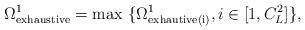
LaTeX: \begin{align*}\Omega_{\rm exhaustive}^1={\rm max} \ \{ \Omega_{\rm exhautive(i)}^{1}, i\in[1,C_L^{2}] \},\end{align*}